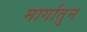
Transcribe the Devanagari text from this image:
मार्गातुन